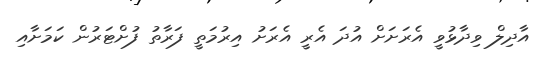
އާދިލް ވިދާޅުވީ އެރަށަށް އުދަ އެރީ އެރަށު އިރުމަތީ ފަރާތު ފުށްޓަރުން ކަމަށާއި